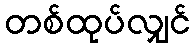
တစ်ထုပ်လျှင်